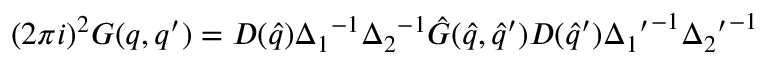
( 2 { \pi } i ) ^ { 2 } G ( q , q ^ { \prime } ) = D ( { \hat { q } } ) { \Delta _ { 1 } } ^ { - 1 } { \Delta _ { 2 } } ^ { - 1 } { \hat { G } } ( { \hat { q } } , { \hat { q } } ^ { \prime } ) D ( { \hat { q } } ^ { \prime } ) { { \Delta _ { 1 } } ^ { \prime } } ^ { - 1 } { { \Delta _ { 2 } } ^ { \prime } } ^ { - 1 }